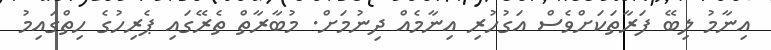
އިނާމު ލިބޭ ފަރާތަކަށްވެސް އަގުހުރި އިނާމެއް ދިނުމަށް. މުބާރާތް ތެރޭގައި ޕެރިހުގެ ހިތްގައިމު